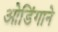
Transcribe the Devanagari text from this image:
ओडिंगाने